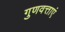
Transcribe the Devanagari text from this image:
गुणवत्ताएं